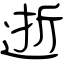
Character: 逝